Vaccination returns of the Province of Eastern Bengal and Assam - 1905-1912
Year: 1905
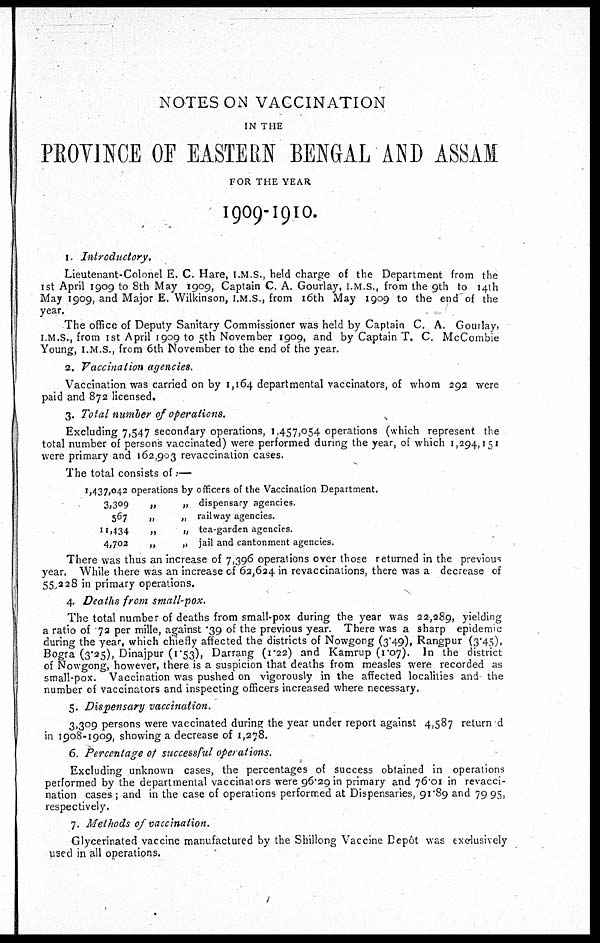
NOTES ON VACCINATION
IN THE
PROVINCE OF EASTERN BENGAL AND ASSAM
FOR THE YEAR
1909-1910.
1. Introductory.
Lieutenant-Colonel E. C. Hare, I.M.S., held charge of the Department from the
1st April 1909 to 8th May 1909, Captain C. A. Gourlay, I.M.S., from the 9th to 14th
May 1909, and Major E. Wilkinson, I.M.S., from 16th May 1909 to the end of the
year.
The office of Deputy Sanitary Commissioner was held by Captain C. A. Gourlay,
I.M.S., from 1st April 1909 to 5th November 1909, and by Captain T. C. McCombie
Young, I.M.S., from 6th November to the end of the year.
2. Vaccination agencies.
Vaccination was carried on by 1,164 departmental vaccinators, of whom 292 were
paid and 872 licensed.
3. Total number of operations.
Excluding 7,547 secondary operations, 1,457,054 operations (which represent the
total number of persons vaccinated) were performed during the year, of which 1,294,151
were primary and 162,903 revaccination cases.
The total consists of :—
1,437,042 operations by officers of the Vaccination Department.
3,309
„
„ dispensary agencies.
567
„
„ railway agencies.
11,434
„
„ tea-garden agencies.
4,702
„
„ jail and cantonment agencies.
There was thus an increase of 7,396 operations over those returned in the previous
year. While there was an increase of 62,624 in revaccinations, there was a decrease of
55,228 in primary operations.
4. Deaths from small-pox.
The total number of deaths from small-pox during the year was 22,289, yielding
a ratio of .72 per mille, against .39 of the previous year. There was a sharp epidemic
during the year, which chiefly affected the districts of Nowgong (3.49), Rangpur (3.45),
Bogra (3.25), Dinajpur (1.53), Darrang (1.22) and Kamrup (1.07). In the district
of Nowgong, however, there is a suspicion that deaths from measles were recorded as
small-pox. Vaccination was pushed on vigorously in the affected localities and- the
number of vaccinators and inspecting officers increased where necessary.
5. Dispensary vaccination.
3,309 persons were vaccinated during the year under report against 4,587 return d
in 1908-1909, showing a decrease of 1,278.
6. Percentage of successful operations.
Excluding unknown cases, the percentages of success obtained in operations
performed by the departmental vaccinators were 96.29 in primary and 76.01 in revacci-
nation cases ; and in the case of operations performed at Dispensaries, 91.89 and 79.95,
respectively.
7. Methods of vaccination.
Glycerinated vaccine manufactured by the Shillong Vaccine Depôt was exclusively
used in all operations.